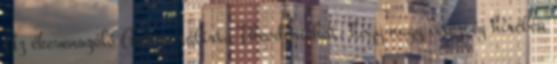
Az ékesenszóló Avitus rábirta Theodorichot, hogy nagy vitézség hírében